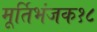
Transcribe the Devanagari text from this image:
मूर्तिभंजक१८